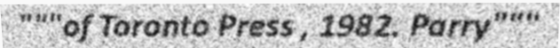
"""of Toronto Press , 1982. Parry"""